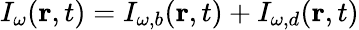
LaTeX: I_{\omega}(\mathbf r,t)=I_{\omega,b}(\mathbf r,t)+I_{\omega,d}(\mathbf r,t)